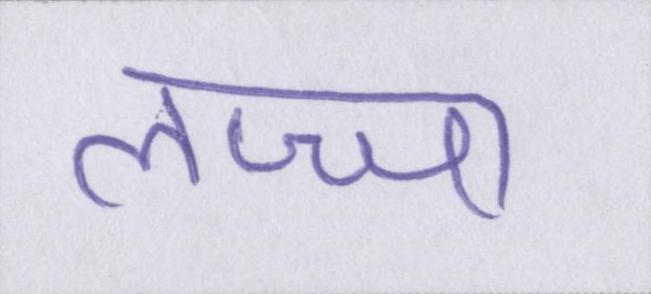
लज्जा